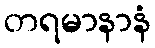
တရမာနာနံ